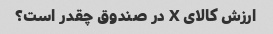
ارزش کالای X در صندوق چقدر است؟